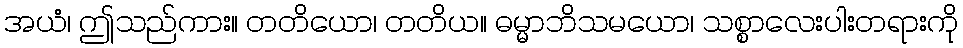
အယံ၊ ဤသည်ကား။ တတိယော၊ တတိယ။ ဓမ္မာဘိသမယော၊ သစ္စာလေးပါးတရားကို